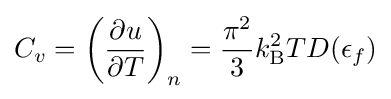
C_{v}=\left({\frac {\partial u}{\partial T}}\right)_{n}={\frac {\pi ^{2}}{3}}k_{\rm {B}}^{2}TD(\epsilon _{f})